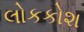
લોકકોશ